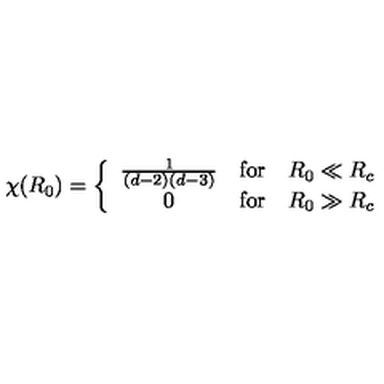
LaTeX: \chi ( R _ { 0 } ) = \left\{ \begin{array} { c c c } { \frac { 1 } { ( d - 2 ) ( d - 3 ) } } & { \mathrm { f o r } } & { R _ { 0 } \ll R _ { c } } \\ { 0 } & { \mathrm { f o r } } & { R _ { 0 } \gg R _ { c } } \\ \end{array} \right.